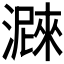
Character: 𤀛